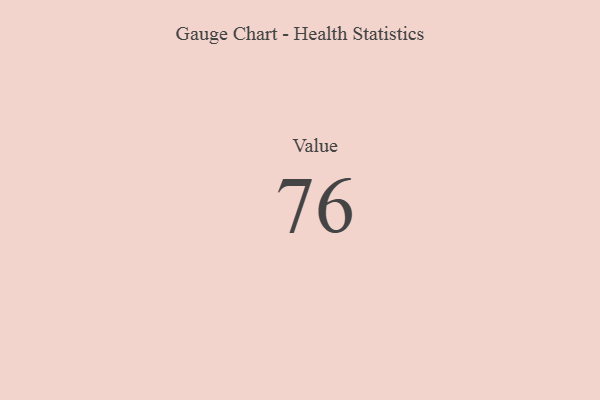
{"axis": {"x": "Metric", "y": "Value"}, "legend": [""], "data": [{"x": "Value", "y": 76, "type": ""}]}